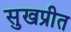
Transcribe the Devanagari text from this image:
सुखप्रीत